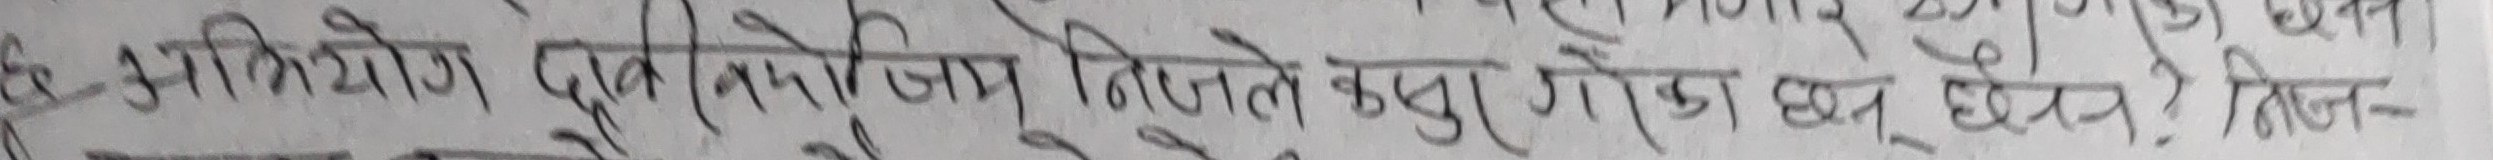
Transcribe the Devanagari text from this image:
इन अविक्रीय प्रकृतिज निजले कहाँ गोडा धन छैन? मिलन-